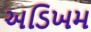
અડિખમ